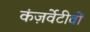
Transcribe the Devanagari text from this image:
कंज़र्वेटीवों